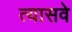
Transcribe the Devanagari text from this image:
त्यासवे